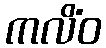
ကလိံဝ